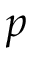
p